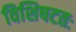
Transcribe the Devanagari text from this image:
विशिषटतः